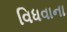
વિધવાના